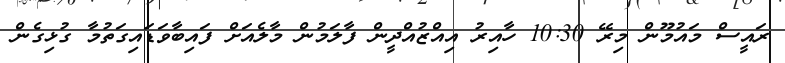
ރައީސް މައުމޫން މިރޭ 10:30 ހާއިރު އިއްޒުއްދީން ފާލަމުން މާލެއަށް ފައިބާވަޑައިގަތުމާ ގުޅިގެން